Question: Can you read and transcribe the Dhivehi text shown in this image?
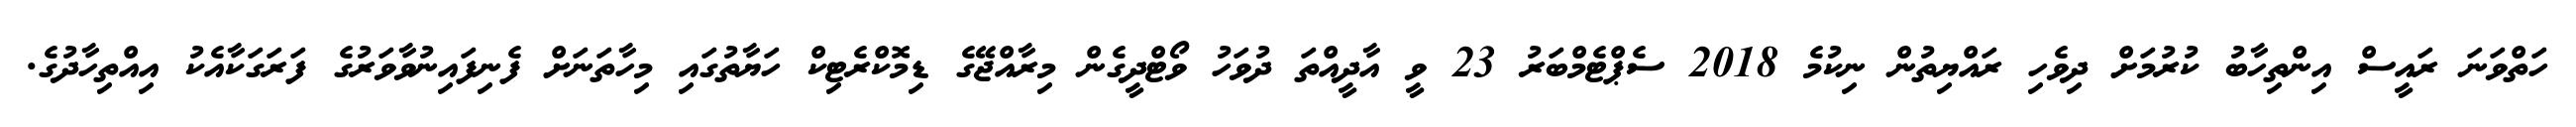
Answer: ހަތްވަނަ ރައީސް އިންތިހާބު ކުރުމަށް ދިވެހި ރައްޔިތުން ނިކުމެ 2018 ސެޕްޓެމްބަރު 23 ވީ އާދީއްތަ ދުވަހު ވޯޓްދީގެން މިރާއްޖޭގެ ޑިމޮކްރެޓިކް ހަޔާތުގައި މިހާތަނަށް ފެނިފައިނުވާވަރުގެ ފަރަގަކާއެކު އިއްތިހާދުގެ.